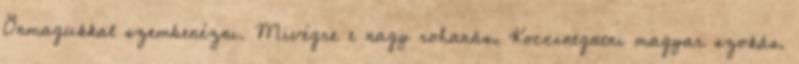
Önmagukkal szembenézni. Mivégre e nagy rohanás, Koccintgatni magyar szokás.